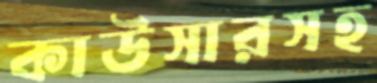
কাউসারসহ